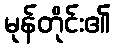
မုန်တိုင်း၏